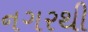
નગરથી